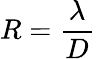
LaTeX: R={\frac{\lambda}{D}}